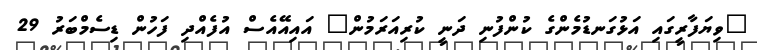
"ވިޔަފާރީގައި އަޅުގަނޑުމެންގެ ކުންފުނި ދަނީ ކުރިއަރަމުން" އައިއޭއެސް އުފެއްދި ފަހުން ޑިސެމްބަރު 29